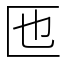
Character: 匜